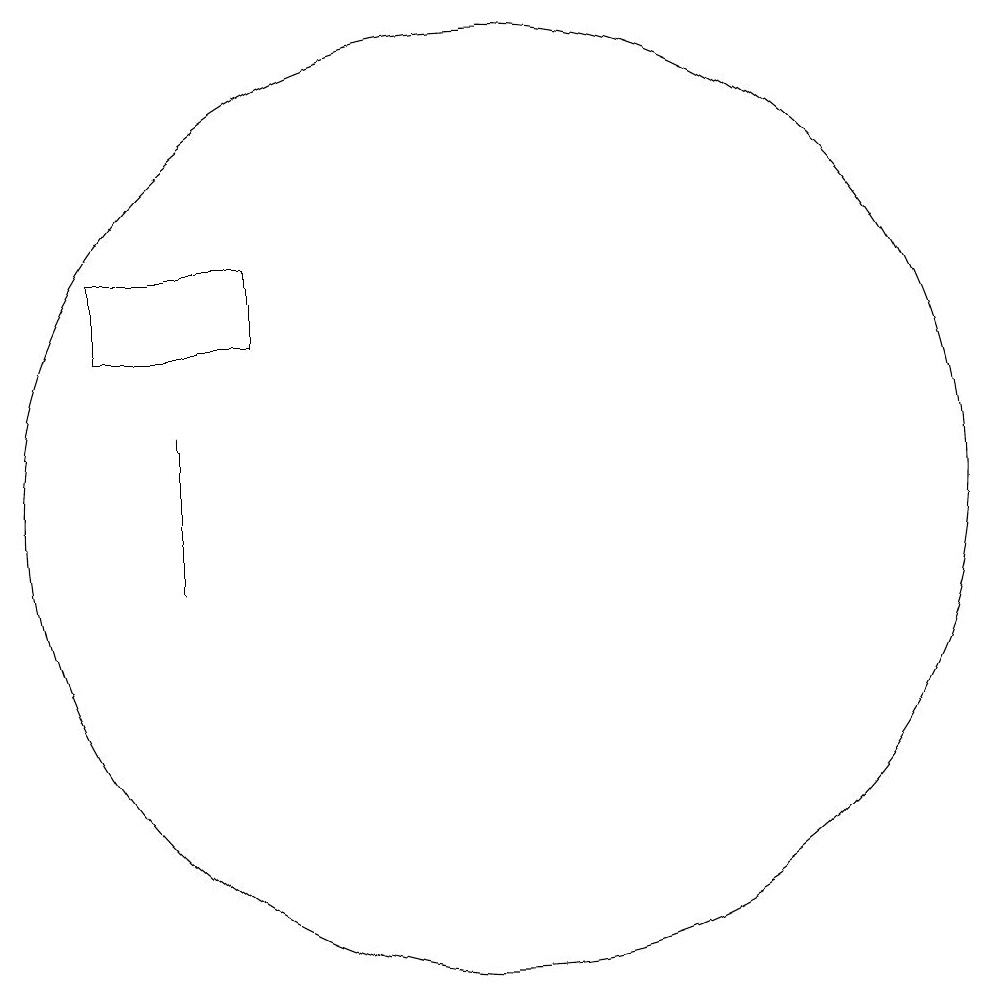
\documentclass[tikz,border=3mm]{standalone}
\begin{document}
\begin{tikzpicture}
\draw (5,15) rectangle (7,14);
\draw (10,12) circle (6);
\draw (6,11) rectangle (6,13);
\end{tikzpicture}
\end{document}